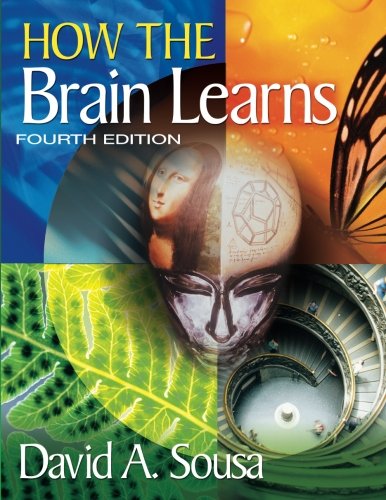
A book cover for How the Brain Learns; David A. (Anthony) Sousa; Science & Math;